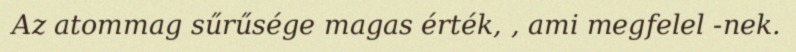
Az atommag sűrűsége magas érték, , ami megfelel -nek.